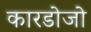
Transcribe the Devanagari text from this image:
कारडोजो